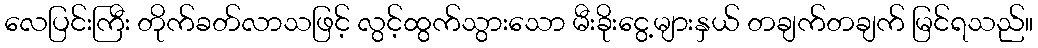
လေပြင်းကြီး တိုက်ခတ်လာသဖြင့် လွင့်ထွက်သွားသော မီးခိုးငွေ့များနှယ် တချက်တချက် မြင်ရသည်။